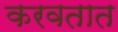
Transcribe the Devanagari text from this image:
करवतात